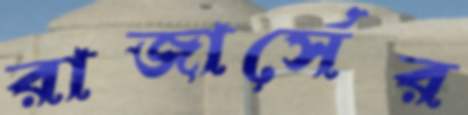
রাজার্সের